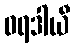
ဝရဒါယီ